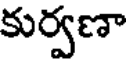
కుర్వణా